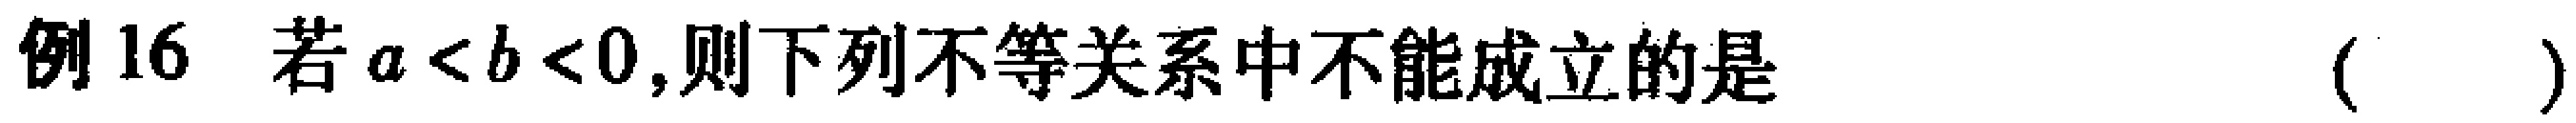
例16 若\(a < b < 0\),则下列不等关系中不能成立的是 （  ）